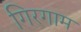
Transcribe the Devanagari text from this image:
गिरगाम